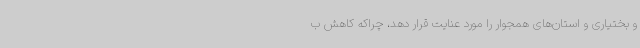
و بختیاری و استان‌های همجوار را مورد عنایت قرار دهد، چراکه کاهش ب